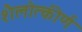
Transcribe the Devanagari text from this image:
शैलोत्कीर्ण